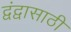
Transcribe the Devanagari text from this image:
द्वंद्वासाठी